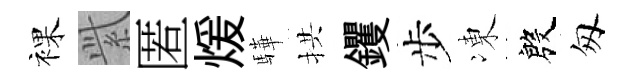
裸𬗋匿煖驊拱钁步凍殷匆